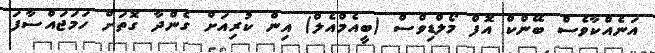
އަނެއްކާވެސް ބޭންކް އޮފް މޯލްޑިވްސް (ބީއެމްއެލް) އިން ކުރިއަށް ގެންދާ ގޮތަށް ހަމަޖައްސާފަ